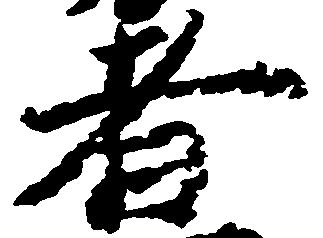
者